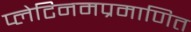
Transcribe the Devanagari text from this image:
प्लेटिनमप्रमाणित